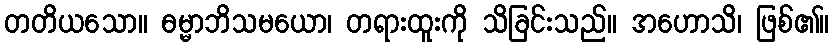
တတိယသော။ ဓမ္မာဘိသမယော၊ တရားထူးကို သိခြင်းသည်။ အဟောသိ၊ ဖြစ်၏။